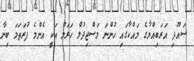
ސައޫދި އަރަބިއްޔާގެ މައްކާގައި ހުންނަ މަސްޖިދުލް ހަރަމް އަކީ އެންމެ ފުރަތަމަ ބިނާ